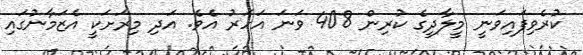
ކުރެވިފައިވަނީ މީލާދީގެ ކުރިން 408 ވަނަ އަހަރު އެވެ. އަދި މިރަށަކީ އެޒަމާނުގައި